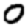
Digit: 0